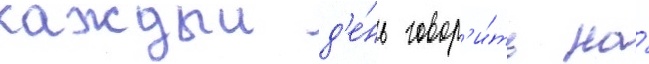
каждыи д'е́нь говор'и́ть на́